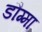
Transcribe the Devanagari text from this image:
डौग्मा